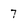
Character: 7